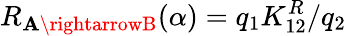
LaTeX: R_{\mathbf{A}\rightarrowB}(\alpha)=q_{1}K_{12}^{R}/q_{2}